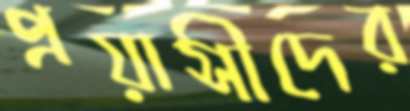
প্রয়াসীদের